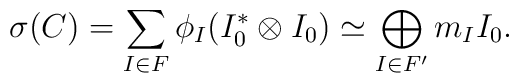
\sigma(C) = \sum_{I \in F} \phi_I (I_0^* \otimes I_0)\simeq \bigoplus_{I \in F'} m_I I_0.